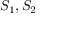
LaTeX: S _ { 1 } , S _ { 2 }